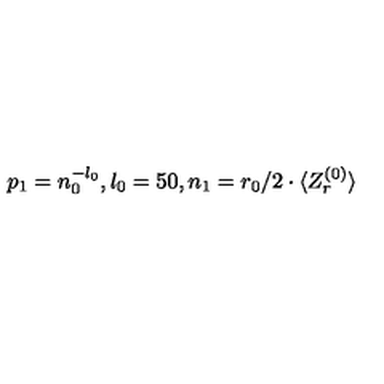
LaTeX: p _ { 1 } = n _ { 0 } ^ { - l _ { 0 } } , l _ { 0 } = 5 0 , n _ { 1 } = r _ { 0 } / 2 \cdot \langle Z _ { r } ^ { ( 0 ) } \rangle